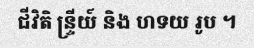
ជីវិតិ ន្ទ្រីយ៍ និង ហទយ រូប ។